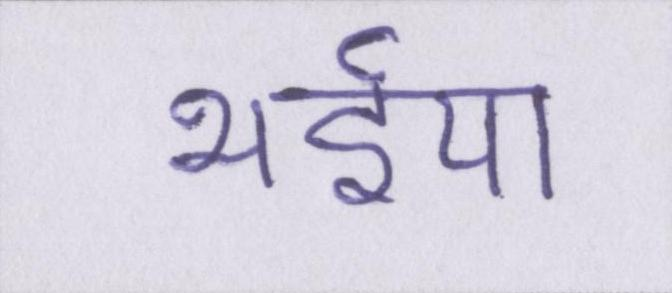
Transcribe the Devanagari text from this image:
भईया